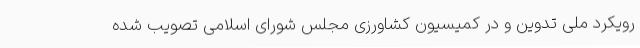
رویکرد ملی تدوین و در کمیسیون کشاورزی مجلس شورای اسلامی تصویب شده